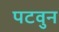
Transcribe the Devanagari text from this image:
पटवुन